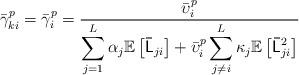
LaTeX: \begin{align*}\bar{\gamma}_{ki}^{p}=\bar{\gamma}_{i}^{p}=\frac{\bar{\upsilon}_{i}^{p}}{{\displaystyle \sum_{j=1}^{L}\alpha_{j}\mathbb{E}\left[\mathsf{\bar{L}}_{ji}\right]+\bar{\upsilon}_{i}^{p}\sum_{j\neq i}^{L}\kappa_{j}\mathbb{E}\left[\mathsf{\bar{L}}_{ji}^{2}\right]}}\end{align*}